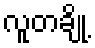
လူတချို့